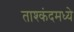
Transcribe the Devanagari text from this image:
ताश्कंदमध्ये